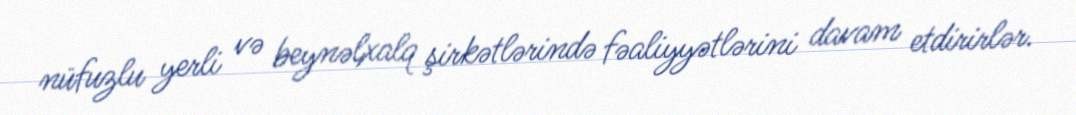
nüfuzlu yerli və beynəlxalq şirkətlərində fəaliyyətlərini davam etdirirlər.